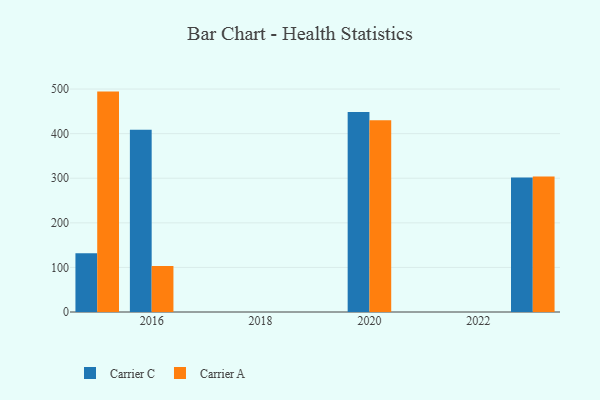
{"axis": {"x": "Year", "y": "Inventory Turnover"}, "legend": ["Carrier A", "Carrier C"], "data": [{"x": "2020", "y": 448.4, "type": "Carrier C"}, {"x": "2020", "y": 429.9, "type": "Carrier A"}, {"x": "2016", "y": 409.0, "type": "Carrier C"}, {"x": "2016", "y": 103.1, "type": "Carrier A"}, {"x": "2023", "y": 301.6, "type": "Carrier C"}, {"x": "2023", "y": 303.7, "type": "Carrier A"}, {"x": "2015", "y": 131.5, "type": "Carrier C"}, {"x": "2015", "y": 494.3, "type": "Carrier A"}]}